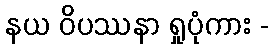
နယ ဝိပဿနာ ရှုပုံကား -